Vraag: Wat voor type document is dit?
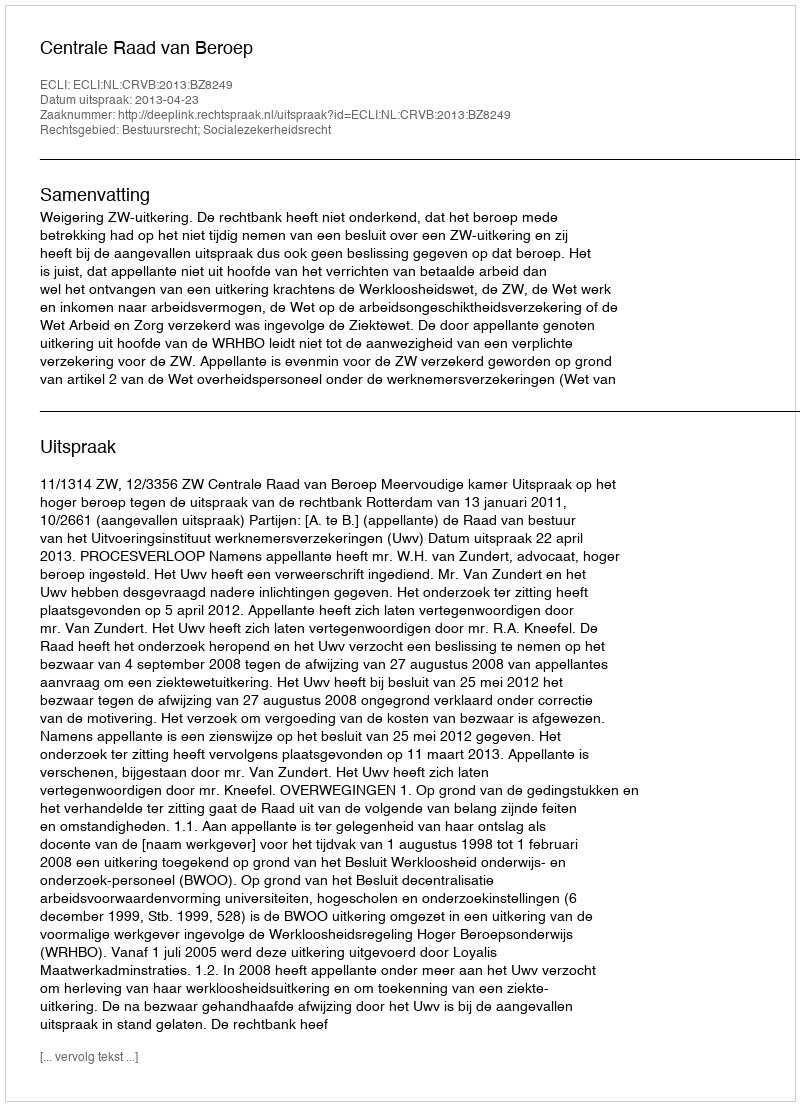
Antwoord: Uitspraak